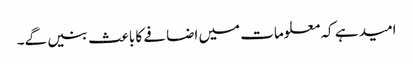
امید ہے کہ معلومات میں اضافے کا باعث بنیں گے۔